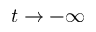
t \to - \infty